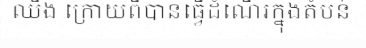
ឈឹង ក្រោយពីបានធ្វើដំណើរក្នុងតំបន់